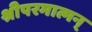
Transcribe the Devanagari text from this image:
श्रीपरमात्मन्